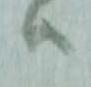
ハ